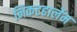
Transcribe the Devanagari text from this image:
निकटहार्लेम